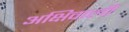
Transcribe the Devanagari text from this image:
अक्षिवाली